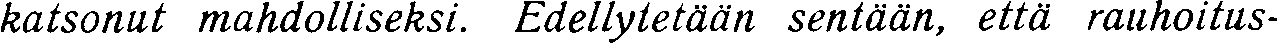
katsonut mahdolliseksi. Edellytetään sentään, että rauhoitus-